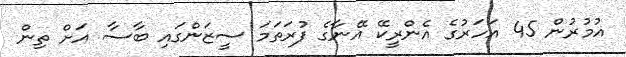
އުމުރުން 45 އަހަރުގެ އެންރީކޭ އޭނާގެ ފުރަތަމަ ސީޒަންގައި ބާސާ އަށް ތިން